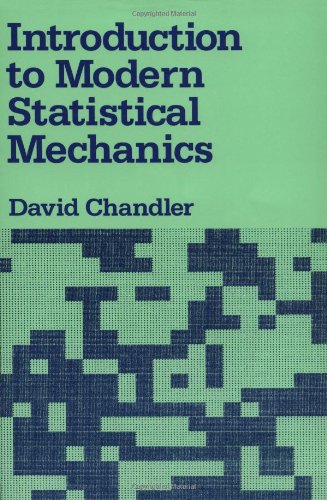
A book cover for Introduction to Modern Statistical Mechanics; David Chandler; Science & Math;